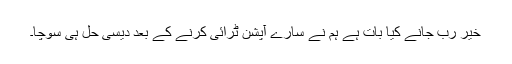
خیر رب جانے کیا بات ہے ہم نے سارے آپشن ٹرائی کرنے کے بعد دیسی حل ہی سوچا۔